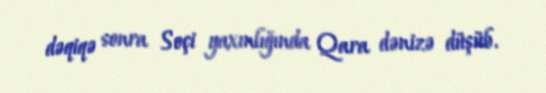
dəqiqə sonra Soçi yaxınlığında Qara dənizə düşüb.